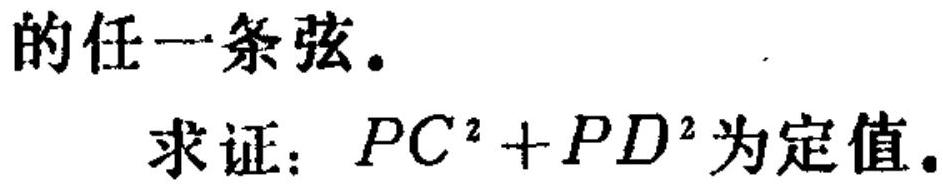
的任一条弦。
求证：\(PC^{2}+PD^{2}\)为定值。